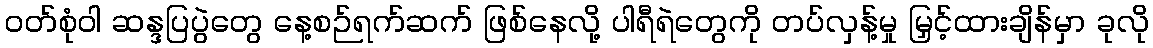
ဝတ်စုံဝါ ဆန္ဒပြပွဲတွေ နေ့စဉ်ရက်ဆက် ဖြစ်နေလို့ ပါရီရဲတွေကို တပ်လှန့်မှု မြှင့်ထားချိန်မှာ ခုလို